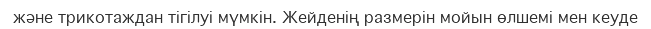
және трикотаждан тігілуі мүмкін. Жейденің размерін мойын өлшемі мен кеуде